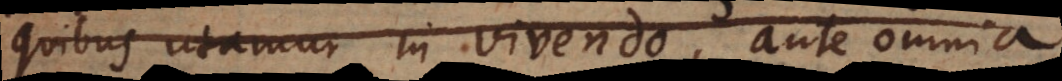
quibus utamur in vivendo, ante omnia